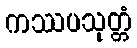
ကဿပသုတ္တံ